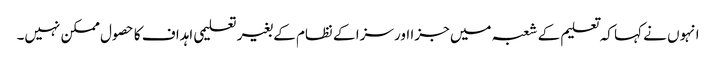
انہوں نے کہا کہ تعلیم کے شعبہ میں جزا اور سزا کے نظام کے بغیر تعلیمی اہداف کا حصول ممکن نہیں۔